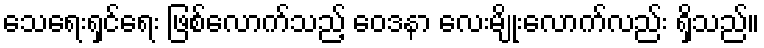
သေရေးရှင်ရေး ဖြစ်လောက်သည့် ဝေဒနာ လေးမျိုးလောက်လည်း ရှိသည်။